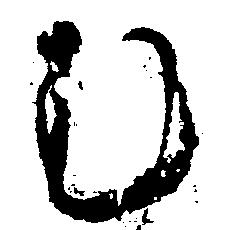
む